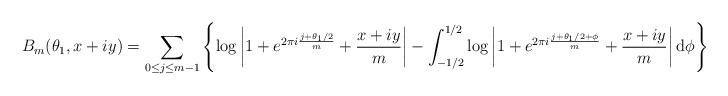
LaTeX: \begin{align*} B_m(\theta_1,x+iy) = \sum_{ 0 \leq j \leq m-1} \left\{ \log \left| 1+ e^{ 2 \pi i \frac{ j + \theta_1/2}{m} } + \frac{ x + iy}{m} \right| - \int_{-1/2}^{1/2} \log \left| 1+ e^{ 2 \pi i \frac{ j + \theta_1/2 + \phi }{m} } + \frac{ x + iy}{m} \right| \mathrm{d}\phi \right\} \end{align*}